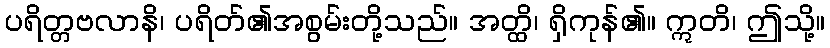
ပရိတ္တဗလာနိ၊ ပရိတ်၏အစွမ်းတို့သည်။ အတ္ထိ၊ ရှိကုန်၏။ ဣတိ၊ ဤသို့။